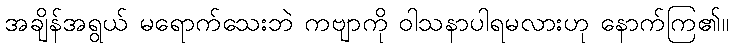
အချိန်အရွယ် မရောက်သေးဘဲ ကဗျာကို ဝါသနာပါရမလားဟု နောက်ကြ၏။